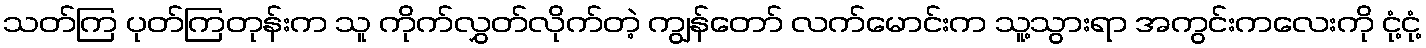
သတ်ကြ ပုတ်ကြတုန်းက သူ ကိုက်လွှတ်လိုက်တဲ့ ကျွန်တော် လက်မောင်းက သူ့သွားရာ အကွင်းကလေးကို ငုံ့ငုံ့